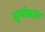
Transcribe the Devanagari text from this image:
सुर्यकांत